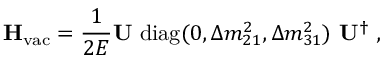
\mathbf { H } _ { \mathrm { v a c } } = \frac { 1 } { 2 E } \mathbf { U } ~ \mathrm { d i a g } ( 0 , \Delta m _ { 2 1 } ^ { 2 } , \Delta m _ { 3 1 } ^ { 2 } ) ~ \mathbf { U } ^ { \dagger } \; ,